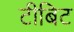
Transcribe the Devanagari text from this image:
टीबिट